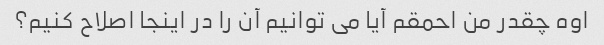
اوه چقدر من احمقم آیا می توانیم آن را در اینجا اصلاح کنیم؟